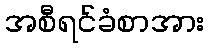
အစီရင်ခံစာအား